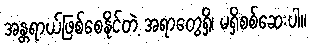
အန္တရာယ်ဖြစ်စေနိုင်တဲ့ အရာတွေရှိ၊ မရှိစစ်ဆေးပါ။